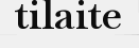
tilaite